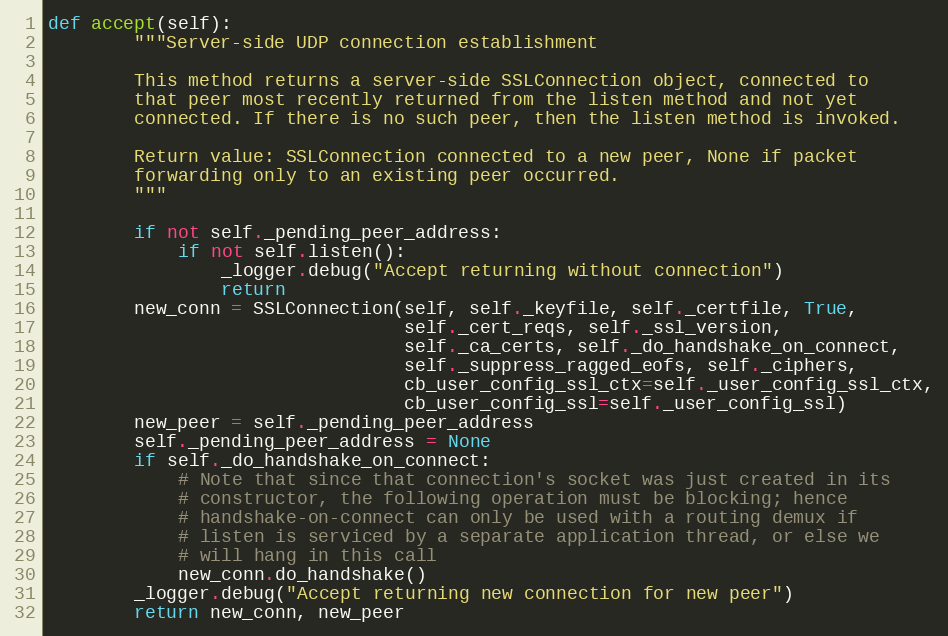
Language: Python
def accept(self):
        """Server-side UDP connection establishment

        This method returns a server-side SSLConnection object, connected to
        that peer most recently returned from the listen method and not yet
        connected. If there is no such peer, then the listen method is invoked.

        Return value: SSLConnection connected to a new peer, None if packet
        forwarding only to an existing peer occurred.
        """

        if not self._pending_peer_address:
            if not self.listen():
                _logger.debug("Accept returning without connection")
                return
        new_conn = SSLConnection(self, self._keyfile, self._certfile, True,
                                 self._cert_reqs, self._ssl_version,
                                 self._ca_certs, self._do_handshake_on_connect,
                                 self._suppress_ragged_eofs, self._ciphers,
                                 cb_user_config_ssl_ctx=self._user_config_ssl_ctx,
                                 cb_user_config_ssl=self._user_config_ssl)
        new_peer = self._pending_peer_address
        self._pending_peer_address = None
        if self._do_handshake_on_connect:
            # Note that since that connection's socket was just created in its
            # constructor, the following operation must be blocking; hence
            # handshake-on-connect can only be used with a routing demux if
            # listen is serviced by a separate application thread, or else we
            # will hang in this call
            new_conn.do_handshake()
        _logger.debug("Accept returning new connection for new peer")
        return new_conn, new_peer